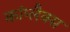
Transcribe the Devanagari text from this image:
कांप्लैक्स